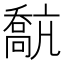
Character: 𡁗